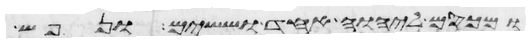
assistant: ומכסם ליהוה אחד וששים ונפש